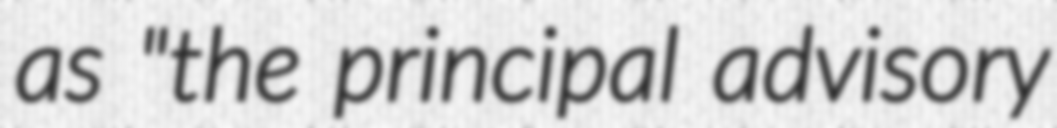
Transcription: as "the principal advisory